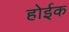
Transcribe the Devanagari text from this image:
होईक